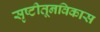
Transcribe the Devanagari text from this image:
सृष्टीतूनविकास